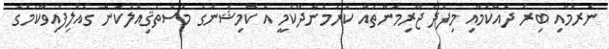
ނެރުމާއި ބިރު ދެއްކުމާއި މިފަދަ ޖޫރިމަނާތައް ކުރަމުންދާކަމީ އެ ކޮމިޝަނުގެ މުސްތަޤިއްލުކަން ގެއްލިފައިވާކަމުގެ